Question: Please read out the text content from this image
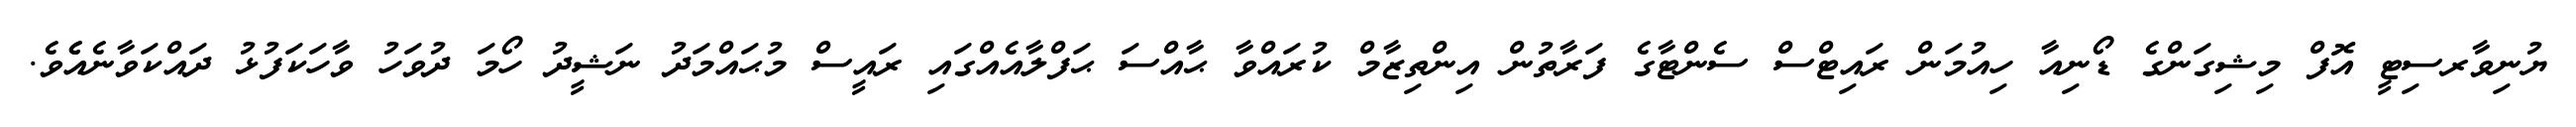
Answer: ޔުނިވާރސިޓީ އޮފް މިޝިގަންގެ ޑޯނިއާ ހިއުމަން ރައިޓްސް ސެންޓާގެ ފަރާތުން އިންތިޒާމް ކުރައްވާ ޙާއްސަ ޙަފްލާއެއްގައި ރައީސް މުޙައްމަދު ނަޝީދު ހޯމަ ދުވަހު ވާހަކަފުޅު ދައްކަވާނެއެެވެ.